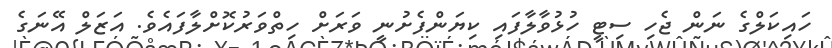
ހައިކަލްގެ ނަން ޖެހި ސިޓީ ހުޅުވާލާފައި ކިޔަންފެށުނީ ވަރަށް ހިތްވަރުކޮށްލާފައެވެ. އަޒަލް އޭނަގެ